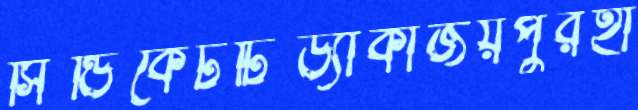
সিন্ডিকেটটিড্যাকাজয়পুরহা